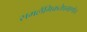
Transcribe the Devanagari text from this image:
समलैंगिकतेप्रमाणेच